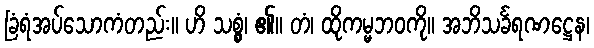
ခြံရံအပ်သောကံတည်း။ ဟိ သစ္စွံ၊ ၏။ တံ၊ ထိုကမ္မဘဝကို။ အဘိသင်္ခရဏဋ္ဌေန၊